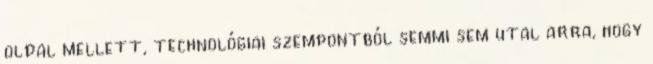
oldal mellett, technológiai szempontból semmi sem utal arra, hogy